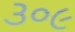
૩૦૯